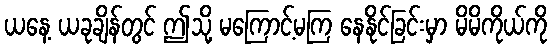
ယနေ့ ယခုချိန်တွင် ဤသို့ မကြောင့်မကြ နေနိုင်ခြင်းမှာ မိမိကိုယ်ကို